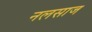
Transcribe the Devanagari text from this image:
नलसाज